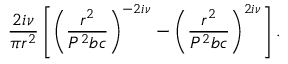
\frac { 2 i \nu } { \pi r ^ { 2 } } \left[ \left( \frac { r ^ { 2 } } { P ^ { 2 } b c } \right) ^ { - 2 i \nu } - \left( \frac { r ^ { 2 } } { P ^ { 2 } b c } \right) ^ { 2 i \nu } \right] .